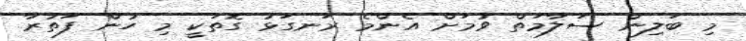
މި ބަލިން ސަލާމަތް ވުމަށް އެންމެ ރަނގަޅު ގޮތަކީ މި ހުން ފަތުރާ